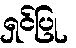
ရှင်ပြု